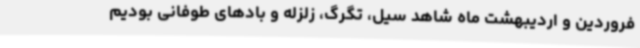
فروردین و اردیبهشت ماه شاهد سیل، تگرگ، زلزله و بادهای طوفانی بودیم